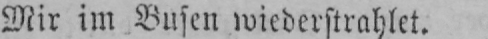
Mir im Busen wiederstrahlet.